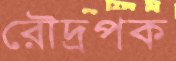
রৌদ্রপক